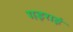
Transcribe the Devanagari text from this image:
गइराई